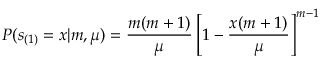
P ( s _ { ( 1 ) } = x | m , \mu ) = \frac { m ( m + 1 ) } { \mu } \left[ 1 - \frac { x ( m + 1 ) } { \mu } \right] ^ { m - 1 }